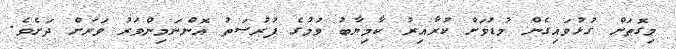
މިގޮތަށް ގުޅުވައިގެން މުޑުވަށް ކުރާއިރު ކާމިޔާބު ވުމުގެ ފުރުޞަތު އޮންނަމިންވަރު ވަރަށް ދަށެވެ.